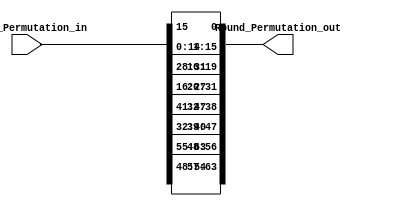
`timescale 1ns / 1ps

module Round_Permutation(
    input  [63:0] Round_Permutation_in,
    output [63:0] Round_Permutation_out
);


assign Round_Permutation_out[15:0]  = {Round_Permutation_in[14:0], Round_Permutation_in[15]};
assign Round_Permutation_out[31:16] = {Round_Permutation_in[27:16], Round_Permutation_in[31:28]};
assign Round_Permutation_out[47:32] = {Round_Permutation_in[40:32], Round_Permutation_in[47:41]};
assign Round_Permutation_out[63:48] = {Round_Permutation_in[54:48], Round_Permutation_in[63:55]};


endmodule